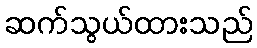
ဆက်သွယ်ထားသည်